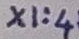
Text: X1:4